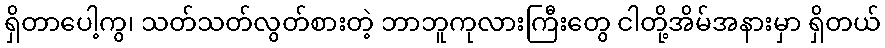
ရှိတာပေါ့ကွ၊ သတ်သတ်လွတ်စားတဲ့ ဘာဘူကုလားကြီးတွေ ငါတို့အိမ်အနားမှာ ရှိတယ်